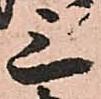
三